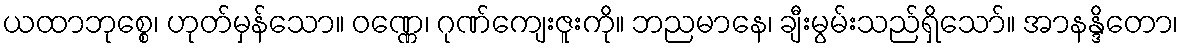
ယထာဘုစ္စေ၊ ဟုတ်မှန်သော။ ဝဏ္ဏေ၊ ဂုဏ်ကျေးဇူးကို။ ဘညမာနေ၊ ချီးမွမ်းသည်ရှိသော်။ အာနန္ဒိတော၊